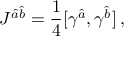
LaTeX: { \cal J } ^ { \hat { a } \hat { b } } = \frac { 1 } { 4 } [ \gamma ^ { \hat { a } } , \gamma ^ { \hat { b } } ] \: ,